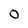
Character: O